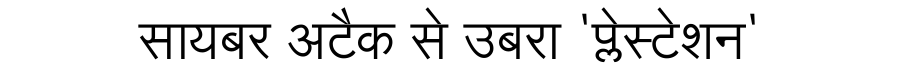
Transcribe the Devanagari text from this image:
सायबर अटैक से उबरा 'प्लेस्टेशन'